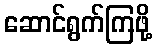
ဆောင်ရွက်ကြဖို့